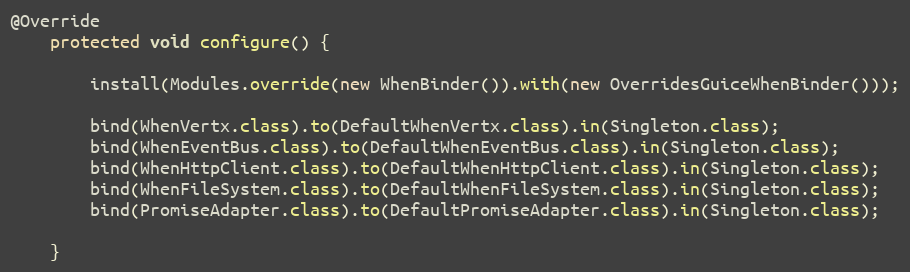
Language: Java
@Override
    protected void configure() {

        install(Modules.override(new WhenBinder()).with(new OverridesGuiceWhenBinder()));

        bind(WhenVertx.class).to(DefaultWhenVertx.class).in(Singleton.class);
        bind(WhenEventBus.class).to(DefaultWhenEventBus.class).in(Singleton.class);
        bind(WhenHttpClient.class).to(DefaultWhenHttpClient.class).in(Singleton.class);
        bind(WhenFileSystem.class).to(DefaultWhenFileSystem.class).in(Singleton.class);
        bind(PromiseAdapter.class).to(DefaultPromiseAdapter.class).in(Singleton.class);

    }